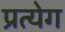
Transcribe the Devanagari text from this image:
प्रत्येग